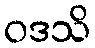
ဝဒသိ